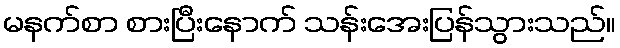
မနက်စာ စားပြီးနောက် သန်းအေးပြန်သွားသည်။